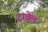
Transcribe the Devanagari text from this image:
ट्रावेल